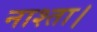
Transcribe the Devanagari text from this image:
नाश्ता।